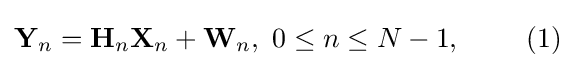
{\bf {Y}}_{n}={\bf {H}}_{n}{\bf {X}}_{n}+{\bf {W}}_{n},\,\,0\leq n\leq N-1,\,\,\,\,\,\,\,\,\,\,\,\,\,\,(1)